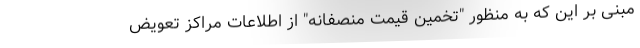
مبنی بر این که به منظور "تخمین قیمت منصفانه" از اطلاعات مراکز تعویض